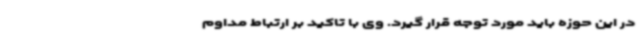
در این حوزه باید مورد توجه قرار گیرد. وی با تاکید بر ارتباط مداوم